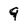
Character: 9